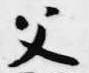
父